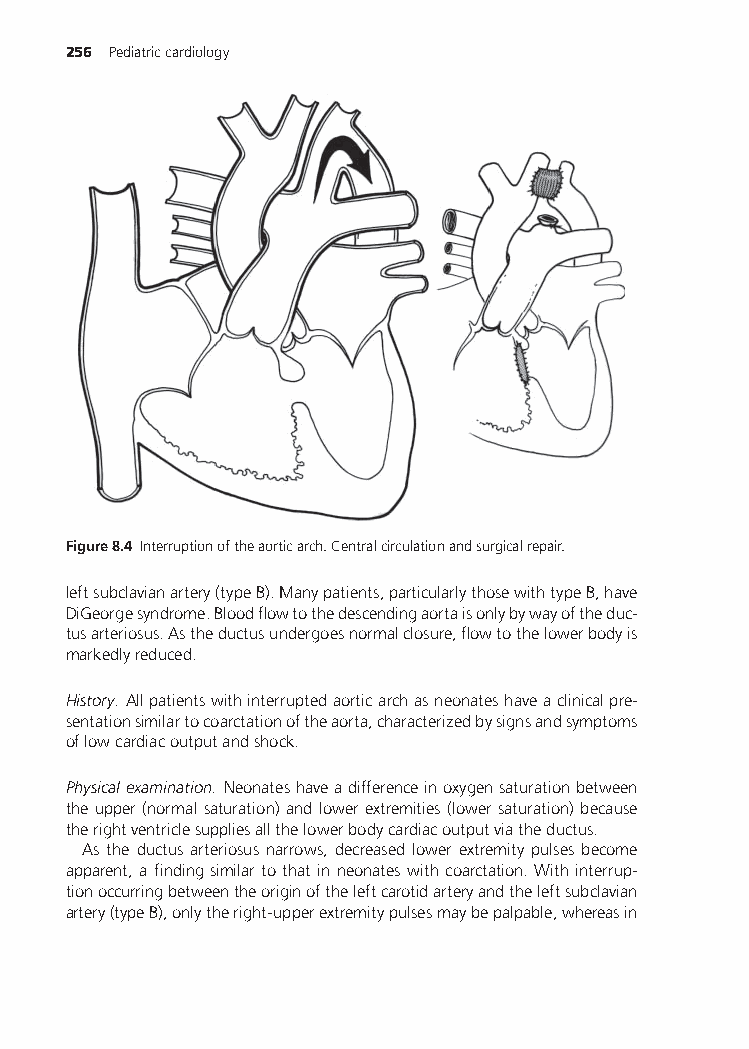
256 Pediatriccardiology
 Figure8.4 Interruptionoftheaorticarch.Centralcirculationandsurgicalrepair.
 leftsubclavianartery(typeB).Manypatients,particularlythosewithtypeB,have
 DiGeorgesyndrome.Bloodflowtothedescendingaortaisonlybywayoftheduc-
 tusarteriosus.Astheductusundergoesnormalclosure,flowtothelowerbodyis
 markedlyreduced.
 History. Allpatientswithinterruptedaorticarchasneonateshaveaclinicalpre-
 sentationsimilartocoarctationoftheaorta,characterizedbysignsandsymptoms
 oflowcardiacoutputandshock.
 Physicalexamination. Neonateshaveadifferenceinoxygensaturationbetween
 the upper (normal saturation) and lower extremities (lower saturation) because
 therightventriclesuppliesallthelowerbodycardiacoutputviatheductus.
 As the ductus arteriosus narrows, decreased lower extremity pulses become
 apparent,afindingsimilartothatinneonateswithcoarctation.Withinterrup-
 tionoccurringbetweentheoriginoftheleftcarotidarteryandtheleftsubclavian
 artery(typeB),onlytheright-upperextremitypulsesmaybepalpable,whereasin